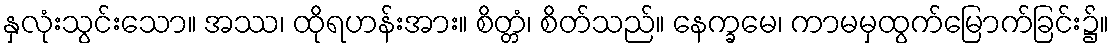
နှလုံးသွင်းသော။ အဿ၊ ထိုရဟန်းအား။ စိတ္တံ၊ စိတ်သည်။ နေက္ခမေ၊ ကာမမှထွက်မြောက်ခြင်း၌။